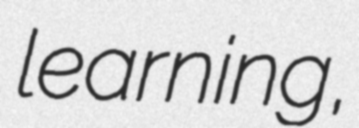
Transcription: learning,